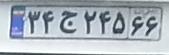
۳۴ج۲۴۵۶۶